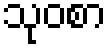
သုဝစာ